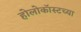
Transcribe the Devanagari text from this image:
होलोकॉस्टच्या